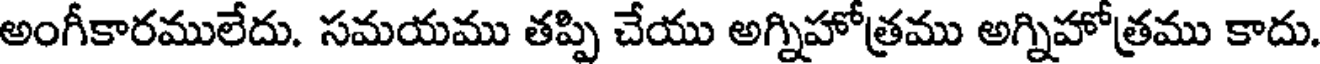
అంగీకారములేదు. సమయము తప్పి చేయు అగ్నిహోత్రము అగ్నిహోత్రము కాదు.